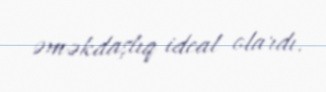
əməkdaşlıq ideal olardı.